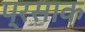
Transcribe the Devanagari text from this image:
प्रसाक